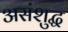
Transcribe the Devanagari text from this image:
असंशुद्ध